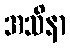
အသိနာ